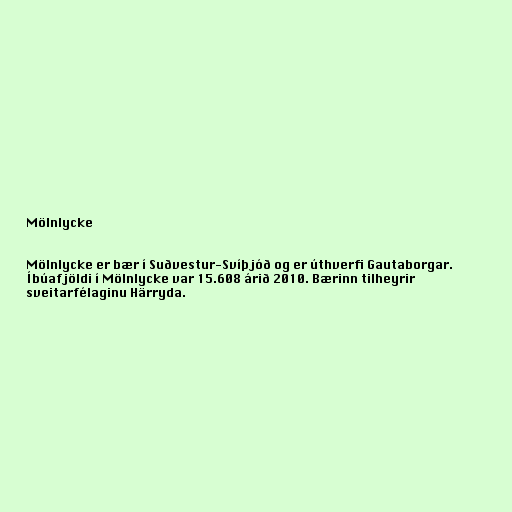
Mölnlycke

Mölnlycke er bær í Suðvestur-Svíþjóð og er úthverfi Gautaborgar.
Íbúafjöldi í Mölnlycke var 15.608 árið 2010. Bærinn tilheyrir
sveitarfélaginu Härryda.